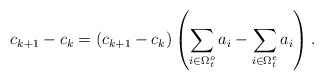
\begin{align*} c_{k+1}-c_{k}=(c_{k+1}-c_{k})\left( \sum_{i\in \Omega_t^o}a_i-\sum_{i\in \Omega_t^e}a_i \right).\end{align*}